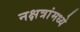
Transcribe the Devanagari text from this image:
नक्षत्रांमध्ये